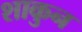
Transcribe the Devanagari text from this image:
शाकुन